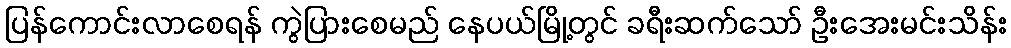
ပြန်ကောင်းလာစေရန် ကွဲပြားစေမည် နေပယ်မြို့တွင် ခရီးဆက်သော် ဦးအေးမင်းသိန်း